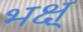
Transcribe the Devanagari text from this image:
भक्ष्